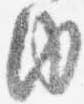
内